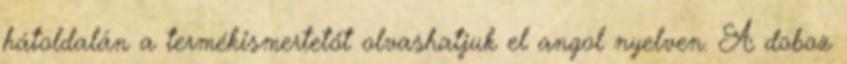
hátoldalán a termékismertetőt olvashatjuk el angol nyelven. A doboz